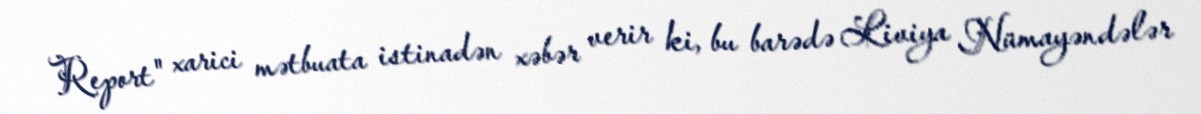
Report" xarici mətbuata istinadən xəbər verir ki, bu barədə Liviya Nümayəndələr